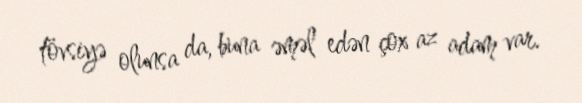
tövsiyə olunsa da, buna əməl edən çox az adam var.